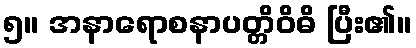
၅။ အနာရောစနာပတ္တိဝိဓိ ပြီး၏။